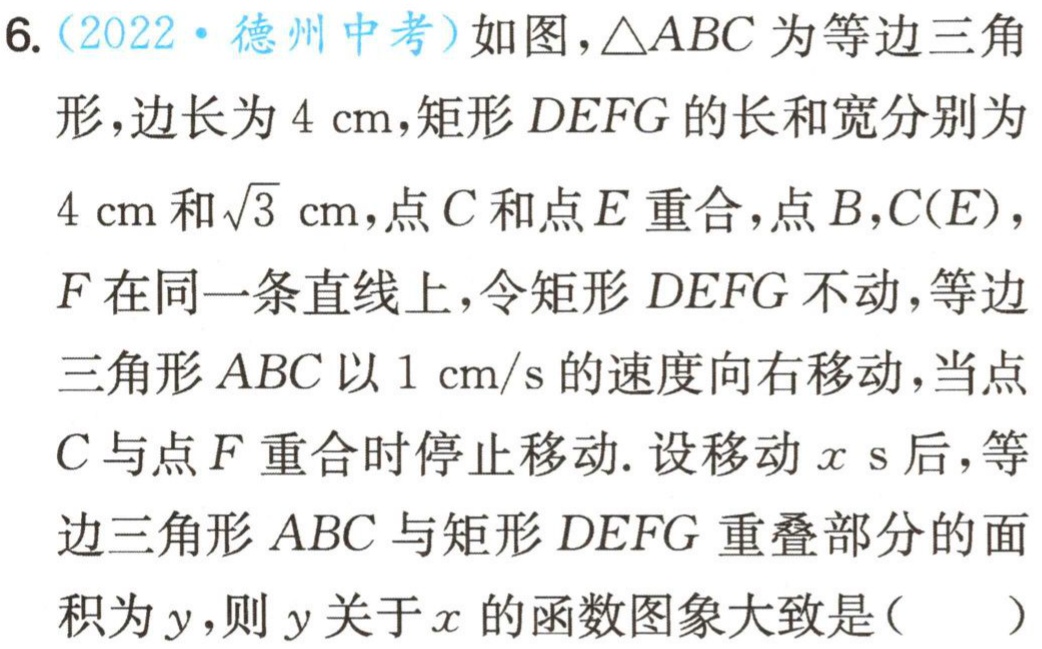
6. (2022·德州中考)如图，\(\triangle ABC\)为等边三角

形，边长为\(4\mathrm{cm}\)，矩形\(DEFG\)的长和宽分别为

\(4\mathrm{cm}\)和\(\sqrt{3}\mathrm{cm}\)，点\(C\)和点\(E\)重合，点\(B,C(E)\)，

\(F\)在同一条直线上，令矩形\(DEFG\)不动，等边

三角形\(ABC\)以\(1\mathrm{cm/s}\)的速度向右移动，当点

\(C\)与点\(F\)重合时停止移动. 设移动\(x\mathrm{ s}\)后，等

边三角形\(ABC\)与矩形\(DEFG\)重叠部分的面

积为\(y\)，则\(y\)关于\(x\)的函数图象大致是（  ）